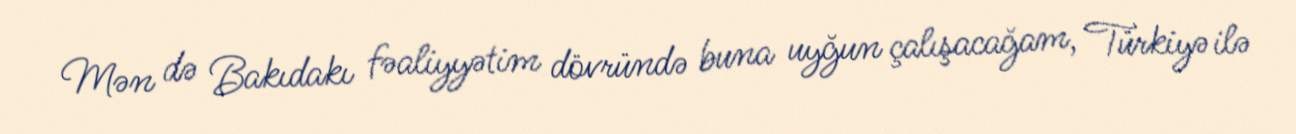
Mən də Bakıdakı fəaliyyətim dövründə buna uyğun çalışacağam, Türkiyə ilə